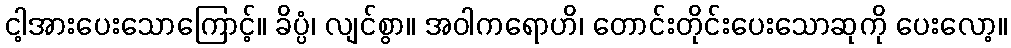
ငါ့အားပေးသောကြောင့်။ ခိပ္ပံ၊ လျင်စွာ။ အဝါကရောဟိ၊ တောင်းတိုင်းပေးသောဆုကို ပေးလော့။